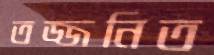
তজ্জনিত